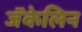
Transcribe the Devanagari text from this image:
जॅकेलिन